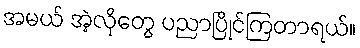
အမယ် အဲ့လိုတွေ ပညာပြိုင်ကြတာရယ်။